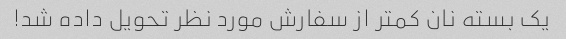
یک بسته نان کمتر از سفارش مورد نظر تحویل داده شد!